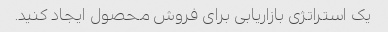
یک استراتژی بازاریابی برای فروش محصول ایجاد کنید.